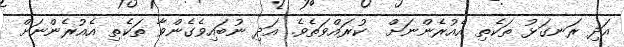
އަދި ރަނގަޅު ތަކެތި އެއުރެންނަށް  ކުރައްވަތެވެ. އަދި ނުބައިވެގެންވާ ތަކެތި އެއުރެންނަށް